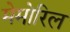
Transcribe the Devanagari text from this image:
मेमोरिल